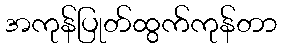
အကုန်ပြုတ်ထွက်ကုန်တာ